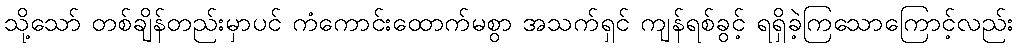
သို့သော် တစ်ချိန်တည်းမှာပင် ကံကောင်းထောက်မစွာ အသက်ရှင် ကျန်ရစ်ခွင့် ရရှိခဲ့ကြသောကြောင့်လည်း